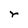
Character: r